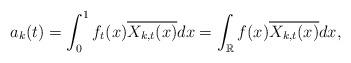
LaTeX: \begin{align*}a_{k}(t)=\int_{0}^{1}f_{t}(x)\overline{X_{k,t}(x)}dx=\int_{\mathbb{R}}f(x)\overline{X_{k,t}(x)}dx,\end{align*}